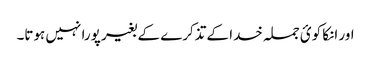
اور انکا کوئ جملہ خدا کے تذکرے کے بغیر پورا نہیں ہوتا۔